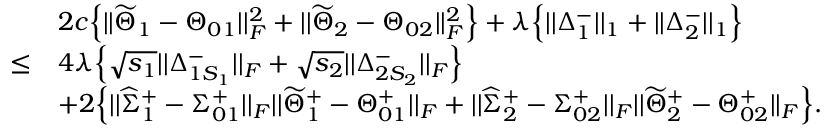
\begin{array} { r l } & { 2 c \Big \{ | | \widetilde { \Theta } _ { 1 } - \Theta _ { 0 1 } | | _ { F } ^ { 2 } + | | \widetilde { \Theta } _ { 2 } - \Theta _ { 0 2 } | | _ { F } ^ { 2 } \Big \} + \lambda \Big \{ | | \Delta _ { 1 } ^ { - } | | _ { 1 } + | | \Delta _ { 2 } ^ { - } | | _ { 1 } \Big \} } \\ { \leq } & { 4 \lambda \Big \{ \sqrt { s _ { 1 } } | | \Delta _ { 1 S _ { 1 } } ^ { - } | | _ { F } + \sqrt { s _ { 2 } } | | \Delta _ { 2 S _ { 2 } } ^ { - } | | _ { F } \Big \} } \\ & { + 2 \Big \{ | | \widehat { \Sigma } _ { 1 } ^ { + } - \Sigma _ { 0 1 } ^ { + } | | _ { F } | | \widetilde { \Theta } _ { 1 } ^ { + } - \Theta _ { 0 1 } ^ { + } | | _ { F } + | | \widehat { \Sigma } _ { 2 } ^ { + } - \Sigma _ { 0 2 } ^ { + } | | _ { F } | | \widetilde { \Theta } _ { 2 } ^ { + } - \Theta _ { 0 2 } ^ { + } | | _ { F } \Big \} . } \end{array}